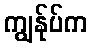
ကျွန်ုပ်က